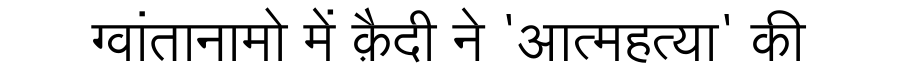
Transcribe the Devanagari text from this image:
ग्वांतानामो में क़ैदी ने 'आत्महत्या' की